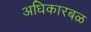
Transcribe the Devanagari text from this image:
अधिकारबळ